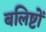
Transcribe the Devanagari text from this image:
बलिष्टों